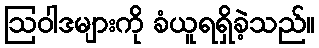
ဩဝါဒများကို ခံယူရရှိခဲ့သည်။